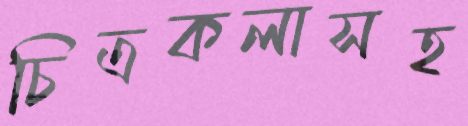
চিত্রকলাসহ